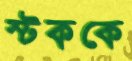
স্টককে